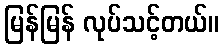
မြန်မြန် လုပ်သင့်တယ်။